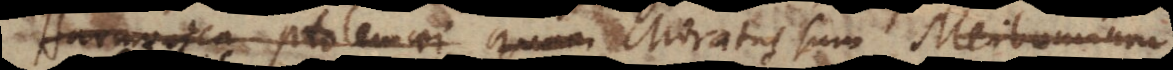
Harmonica Ptolemaei quam sum Meibomium